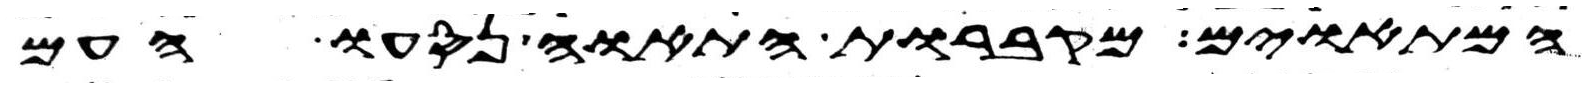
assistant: המתאוים מקברות התאוה נסעו העם